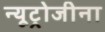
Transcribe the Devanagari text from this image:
न्यूट्रोजीना